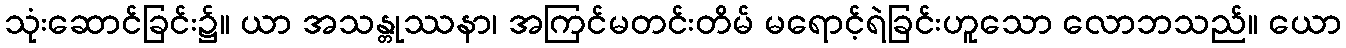
သုံးဆောင်ခြင်း၌။ ယာ အသန္တုဿနာ၊ အကြင်မတင်းတိမ် မရောင့်ရဲခြင်းဟူသော လောဘသည်။ ယော